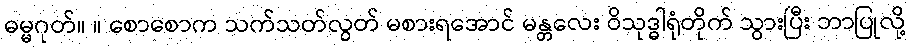
ဓမ္မဂုတ်။ ။ စောစောက သက်သတ်လွတ် မစားရအောင် မန္တလေး ဝိသုဒ္ဓါရုံတိုက် သွားပြီး ဘာပြုလို့